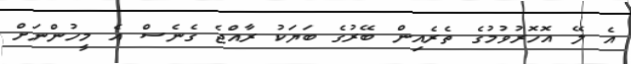
އެ ލޭ އޮހޮރުވުމުގެ ތެރެއިން ބޭރުގެ ބަޔަކު ރާއްޖެ ގެނެސް އެ މީހުންނަށް